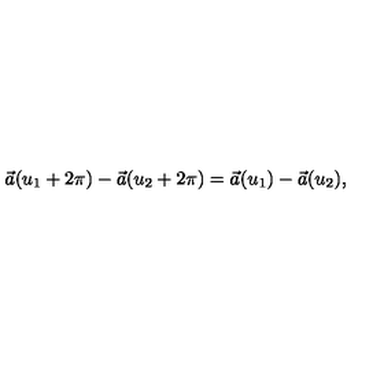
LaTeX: \vec { a } ( u _ { 1 } + 2 \pi ) - \vec { a } ( u _ { 2 } + 2 \pi ) = \vec { a } ( u _ { 1 } ) - \vec { a } ( u _ { 2 } ) ,